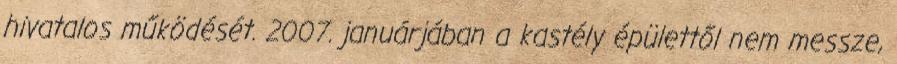
hivatalos működését. 2007. januárjában a kastély épülettől nem messze,